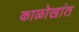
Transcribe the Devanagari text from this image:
काळोखांत